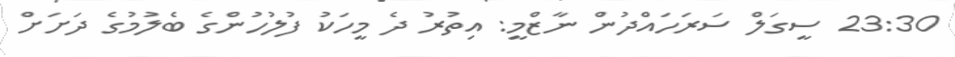
23:30 ސީގަލް ސަރަހައްދުން ނާޒްމީ: އިތުރު ދެ މީހަކު ފުލުހުންގެ ބެލުމުގެ ދަށަށް